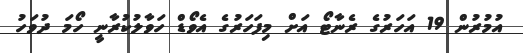
އުމުރުން 19 އަހަރުގެ ރެނާޓޯ އަށް މިފަހަރުގެ އެވޯޑް ހަވާލުކުރާނީ ހޯމަ ދުވަހު